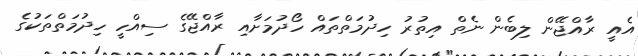
އެއީ ރާއްޖޭން ލިބެން ނެތް އިތުރު ހިދުމަތްތައް ހޯދުމަށާއި ރާއްޖޭގެ ސިއްހީ ހިދުމަތްތަކުގެ